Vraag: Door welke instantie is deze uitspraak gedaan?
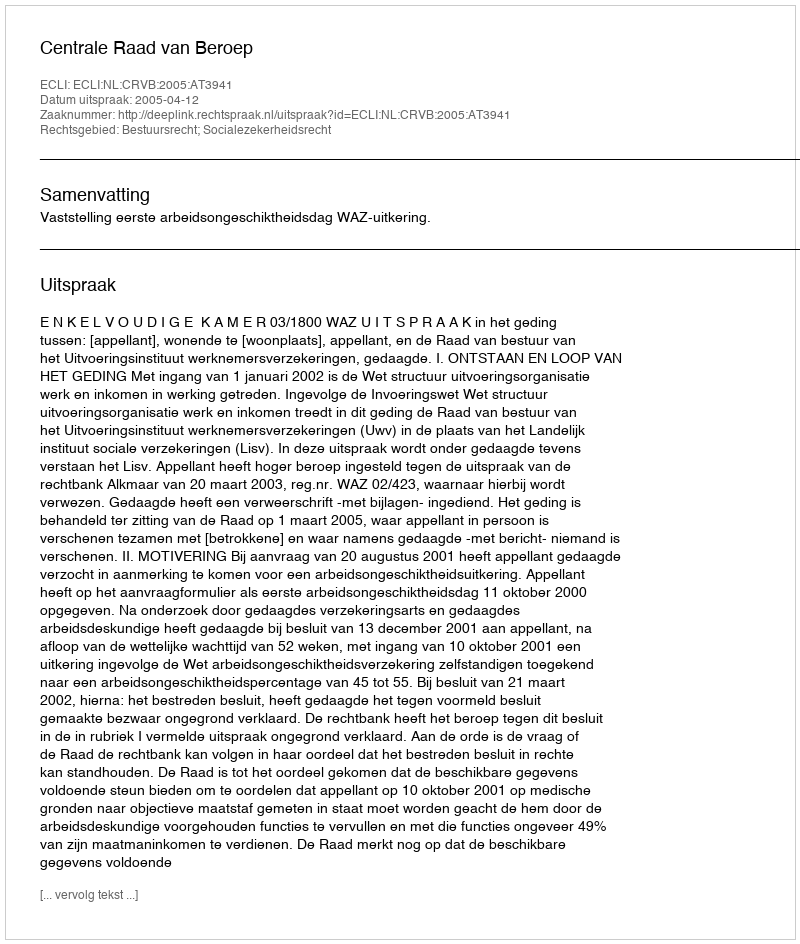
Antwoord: Centrale Raad van Beroep